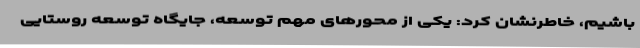
باشیم، خاطرنشان کرد: یکی از محورهای مهم توسعه، جایگاه توسعه روستایی